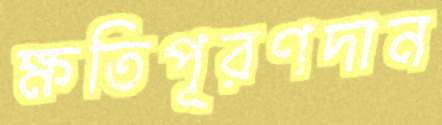
ক্ষতিপূরণদান